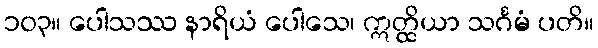
၁၀၃။ ပေါသဿ နာရိယံ ပေါသေ၊ ဣတ္ထိယာ သင်္ဂမံ ပတိ။